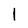
Character: l